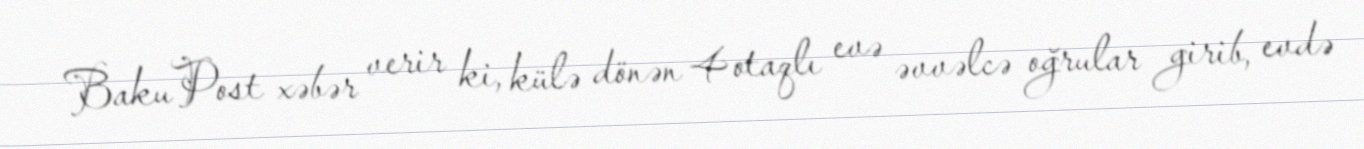
BakuPost xəbər verir ki, külə dönən 4 otaqlı evə əvvəlcə oğrular girib, evdə